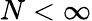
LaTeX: N<\infty